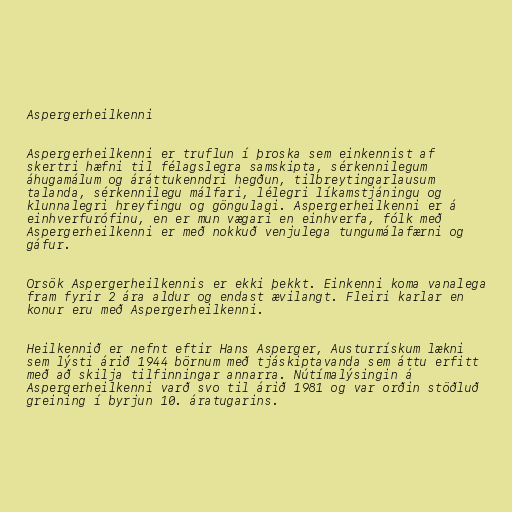
Aspergerheilkenni

Aspergerheilkenni er truflun í þroska sem einkennist af
skertri hæfni til félagslegra samskipta, sérkennilegum
áhugamálum og áráttukenndri hegðun, tilbreytingarlausum
talanda, sérkennilegu málfari, lélegri líkamstjáningu og
klunnalegri hreyfingu og göngulagi. Aspergerheilkenni er á
einhverfurófinu, en er mun vægari en einhverfa, fólk með
Aspergerheilkenni er með nokkuð venjulega tungumálafærni og
gáfur.

Orsök Aspergerheilkennis er ekki þekkt. Einkenni koma vanalega
fram fyrir 2 ára aldur og endast ævilangt. Fleiri karlar en
konur eru með Aspergerheilkenni.

Heilkennið er nefnt eftir Hans Asperger, Austurrískum lækni
sem lýsti árið 1944 börnum með tjáskiptavanda sem áttu erfitt
með að skilja tilfinningar annarra. Nútímalýsingin á
Aspergerheilkenni varð svo til árið 1981 og var orðin stöðluð
greining í byrjun 10. áratugarins.